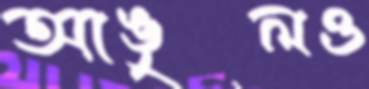
আঙুলও